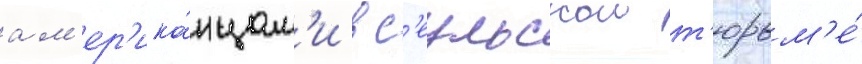
ам'ер'ика́нцам'и в с'еульскои т'юрьм'е́